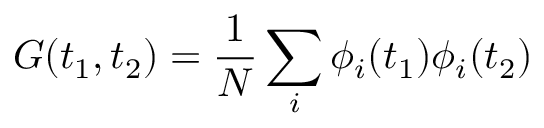
G ( t _ { 1 } , t _ { 2 } ) = \frac { 1 } { N } \sum _ { i } \phi _ { i } ( t _ { 1 } ) \phi _ { i } ( t _ { 2 } )